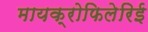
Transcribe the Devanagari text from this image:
मायक्रोफिलेरिई